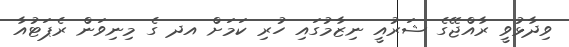
ވިދާޅުވީ ރާއްޖޭގެ ޝަރުއީ ނިޒާމުގައި ހުރި ކަމަށް އދ ގެ މިނިވަން ރެޕަޓުއާ